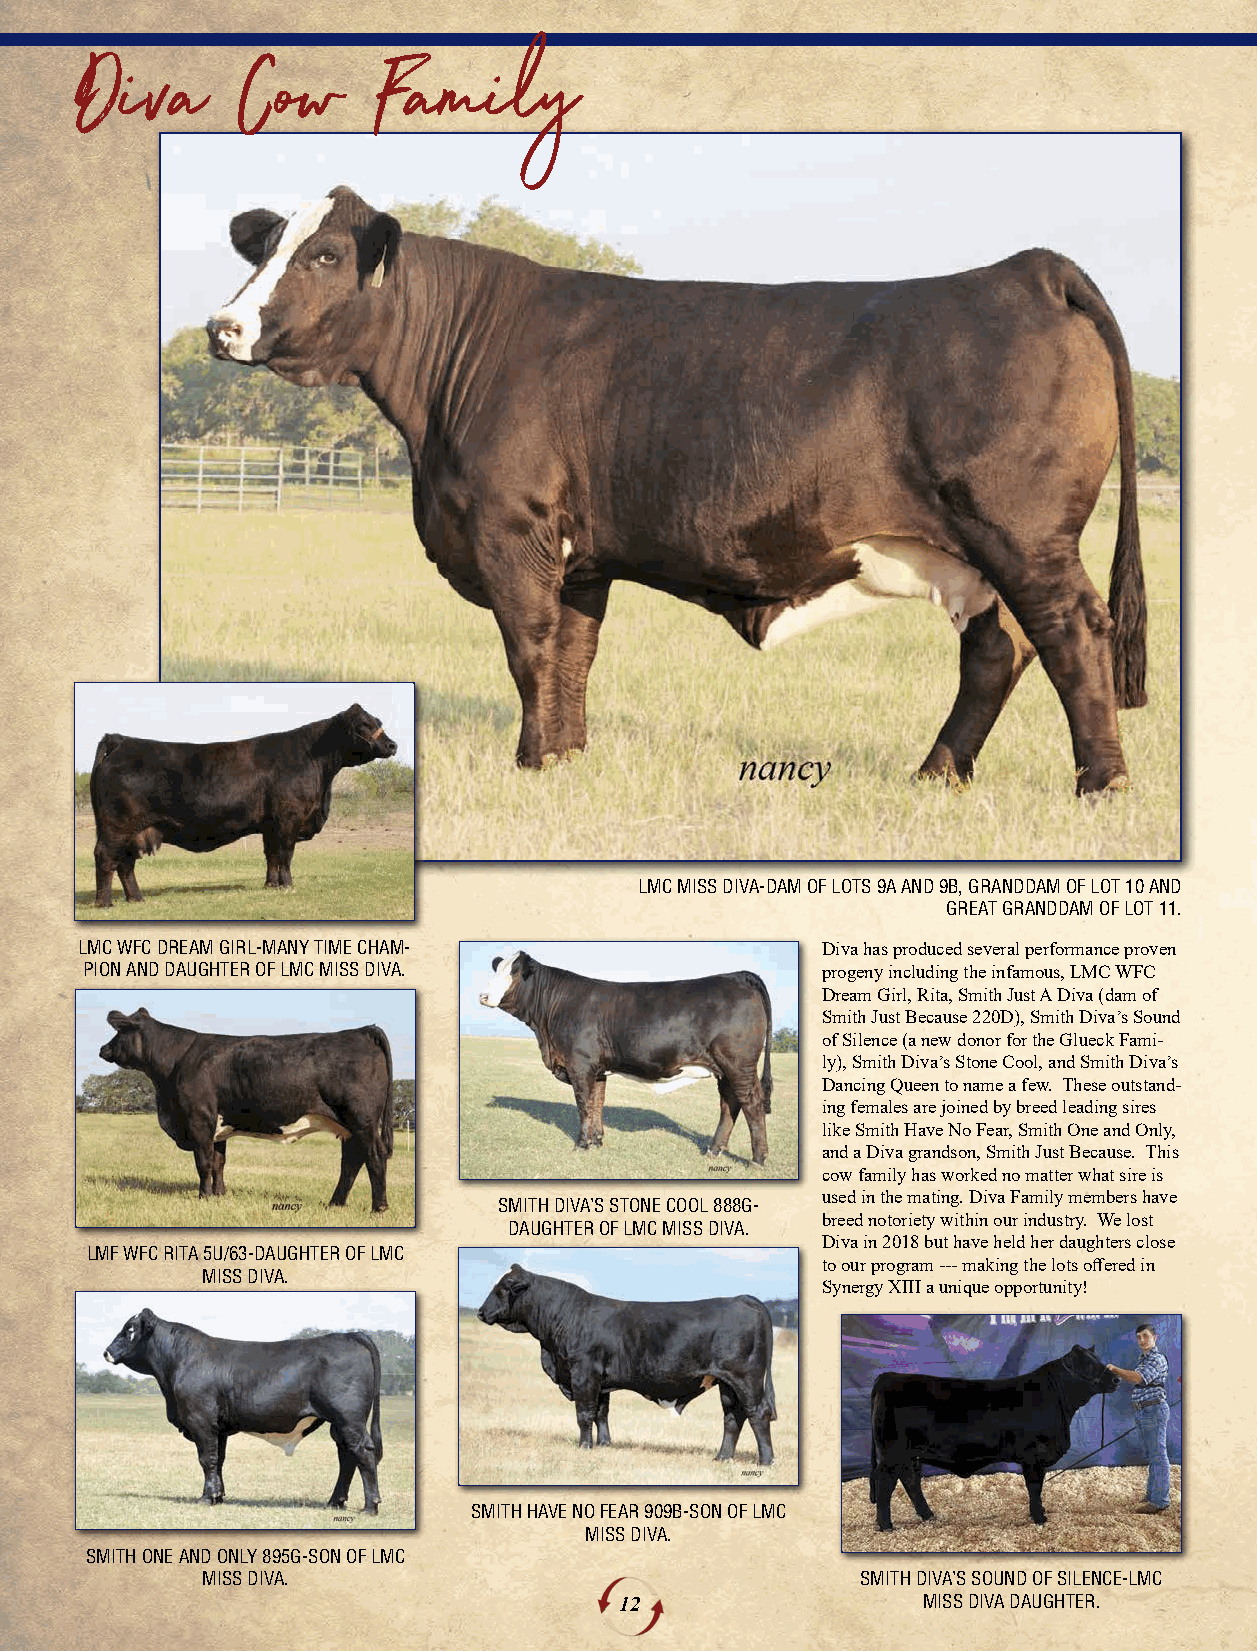
DDiivvaa   CCooww   FFaammiillyy
 LMC MISS DIVA-DAM OF LOTS 9A AND 9B, GRANDDAM OF LOT 10 AND
 GREAT GRANDDAM OF LOT 11.
 LMC WFC DREAM GIRL-MANY TIME CHAM-               Diva has produced several performance proven
 PION AND DAUGHTER OF LMC MISS DIVA.              progeny including the infamous, LMC WFC
 Dream Girl, Rita, Smith Just A Diva (dam of
 Smith Just Because 220D), Smith Diva’s Sound
 of Silence (a new donor for the Glueck Fami-
 ly), Smith Diva’s Stone Cool, and Smith Diva’s
 Dancing Queen to name a few. These outstand-
 ing females are joined by breed leading sires
 like Smith Have No Fear, Smith One and Only,
 and a Diva grandson, Smith Just Because. This
 cow family has worked no matter what sire is
 used in the mating. Diva Family members have
 SMITH DIVA’S STONE COOL 888G-
 breed notoriety within our industry. We lost
 DAUGHTER OF LMC MISS DIVA.
 Diva in 2018 but have held her daughters close
 LMF WFC RITA 5U/63-DAUGHTER OF LMC
 to our program --- making the lots offered in
 MISS DIVA.
 Synergy XIII a unique opportunity!
 SMITH HAVE NO FEAR 909B-SON OF LMC
 MISS DIVA.
 SMITH ONE AND ONLY 895G-SON OF LMC
 MISS DIVA.                                  SMITH DIVA’S SOUND OF SILENCE-LMC
 12                  MISS DIVA DAUGHTER.